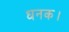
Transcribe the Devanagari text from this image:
धनक।